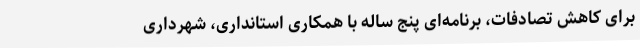
برای کاهش تصادفات، برنامه‌ای‌ پنج ساله‌ با همکاری استانداری، شهرداری